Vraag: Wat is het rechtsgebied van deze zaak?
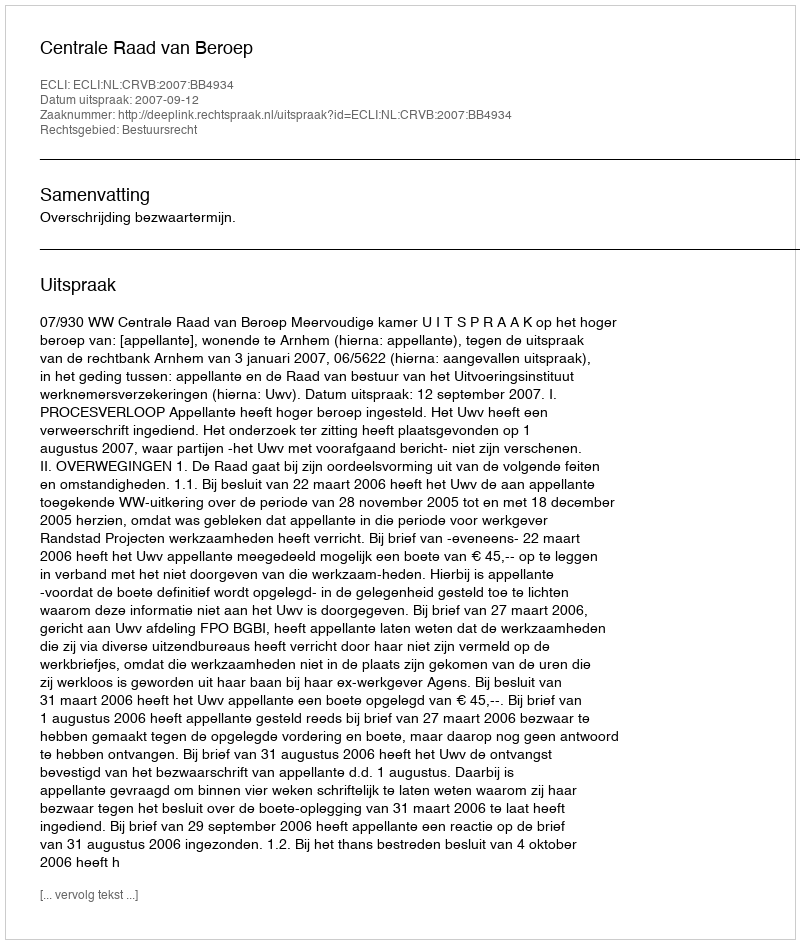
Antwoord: Bestuursrecht